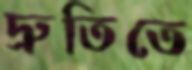
দ্রুতিতে